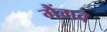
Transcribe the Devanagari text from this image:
गैंगवे